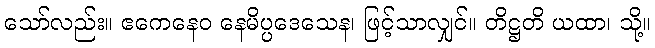
သော်လည်း။ ဧကေနေဝ နေမိပ္ပဒေသေန၊ ဖြင့်သာလျှင်။ တိဋ္ဌတိ ယထာ၊ သို့။